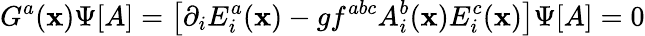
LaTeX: G^{a}(\mathbf{x})\Psi[A]=\left[\partial_{i}E_{i}^{a}(\mathbf{x})-gf^{abc}A_{i}^{b}(\mathbf{x})E_{i}^{c}(\mathbf{x})\right]\Psi[A]=0